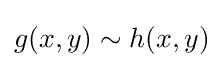
g(x,y)\sim h(x,y)